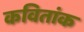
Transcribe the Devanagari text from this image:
कवितांक